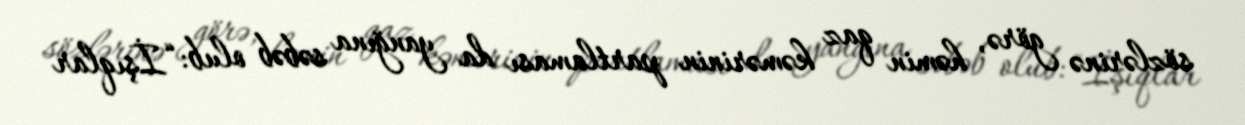
sözlərinə görə, həmin qaz kəmərinin partlaması da yanğına səbəb olub: “İşıqlar